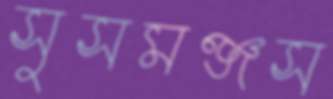
সুসমঞ্জস